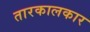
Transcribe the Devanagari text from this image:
तारकालकार